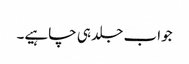
جواب جلد ہی چاہیے۔